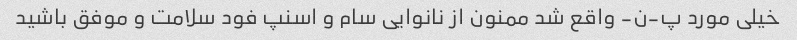
خیلی مورد پ-ن- واقع شد ممنون از نانوایی سام و اسنپ فود سلامت و موفق باشید